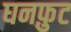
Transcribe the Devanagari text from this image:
घनफ़ुट